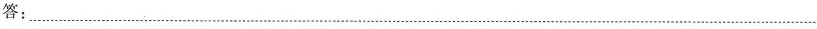
答：___